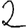
Digit: 2